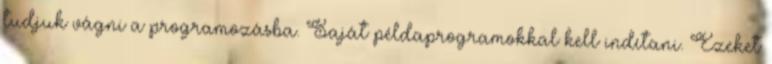
tudjuk vágni a programozásba. Saját példaprogramokkal kell indítani. Ezeket